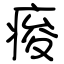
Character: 痠